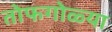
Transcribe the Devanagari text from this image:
तोफगोळ्या